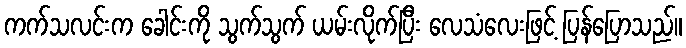
ကက်သလင်းက ခေါင်းကို သွက်သွက် ယမ်းလိုက်ပြီး လေသံလေးဖြင့် ပြန်ပြောသည်။